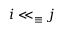
i \ll _ { \equiv } j